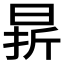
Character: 𣇄